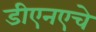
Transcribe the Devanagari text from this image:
डीएनएचे